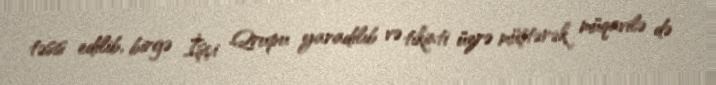
təsis edilib, birgə İşçi Qrupu yaradılıb və tikinti üzrə müştərək müqavilə də